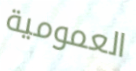
العمومية